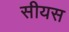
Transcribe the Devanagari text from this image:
सीयस